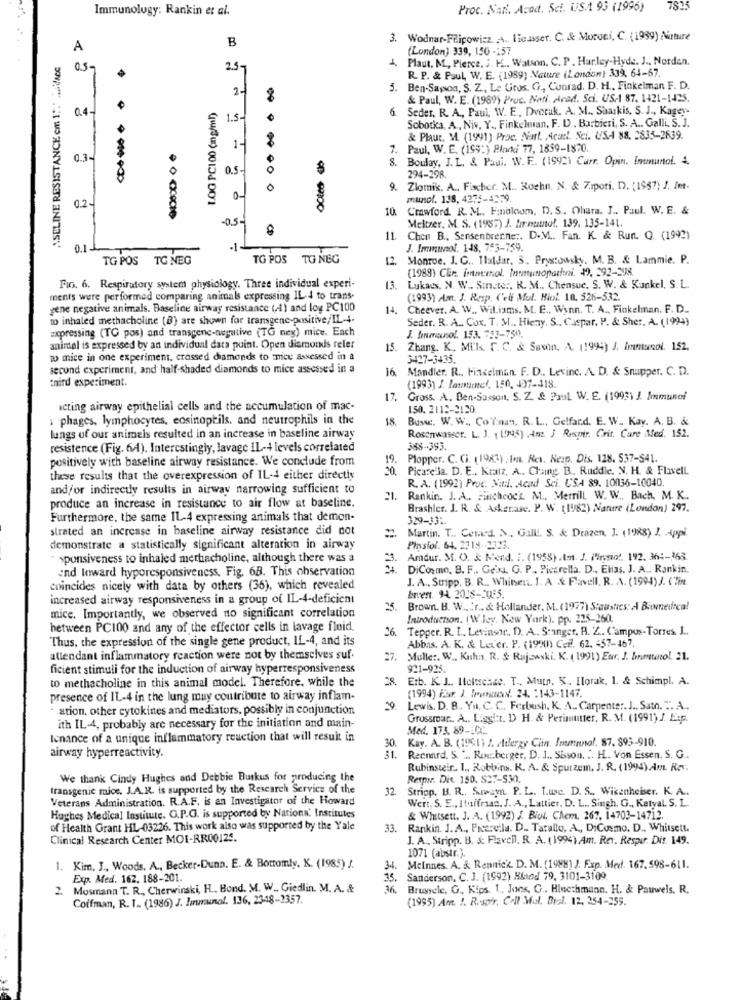
Immunology: Rankin et al.
Proc. Nat. Acad. Sci. US/1 93 (1996)
7825
B
3. Wodnar-Filipowicz .A .. Hicasser. C. & Moroni, C. (1999) Nurture
A
(London) 339, 150 -157
A.SELINE RESISTANCE cm 1 :. .. ifACe
Plaut. M ., Pierce, J. K .. Watson, C. P. Harley-Hyde. J ., Norden.
0.5-
2.3-
R. P. & Paul, W. E. (1989) Nature (London) 339, 64-67.
2-
5.
Ben-Sapoa, S. Z ., Le Gros. G, Cunrad. D. H ., Finkelman F. D.
& Paul, W. E. (1989) Proc. Noti. Arad. Sci. US-1 87. 1421-1425.
0.4-
1OG PC100 (mg/ml)
6
Seder, R. A ., Paul, W. E ., Dvoruk. A. M .. Shaskis, S. J ., Kagey.
1.5-
Sobotka, A ., Niv, Y ., Finkelman, F. D ., Barbieri, S. A .. Galli, S. J.
& Plaur. M. (1991) Proc. Natt. Acart. Sci. USA 88. 2835-2639.
1-
7. Paul, W. E. (199:) Pland 77, 1859-1870.
0.3-
8.
Boulay, J. L. & Paul. W. E. (1992) Carr. Opin. Immuntol. 4.
0.5
8
000.000
294-298.
9.
Zlomik, A .. Fischer. M ., Rochn. N. & Z.1pori. D. (1987) J. Imt.
munol. 138, 4275-4279.
0.2-
10.
Crawford. R. M ., Finoloom, D. S. Ohara. J ., Paul. W. E. &
Meltzer, M. S. (1987) J. Hirnutno !, 139, 135-141.
8
11.
Chen B ., Sensenbrenner. D.V .. Fan. K. & Run. Q (1992)
0.1.
-1-
J. Immunol. 148, 753-759.
TG POS TG NEG
TG POS TG NEG
12. Monroe. I. C ., Thaldar. S. Prystowsky. M. B. & Lammie. P.
(1989) CER, immersol. Inununopathni. $), 292-398.
Fio. 6. Respiratory system physiology. Three individual experi-
13.
Lukacs. N. W .. Stricte :. R. M ., Chensue. S. W. & Kunkel, S. L.
ments were performed comparing animals expressing IL-4 to trans-
(1993) Am. J. Resp. Celf Mul. Bil. 10. 526-332.
gene negative animals. Baseline airway resistance (41) and log PC100
14.
Cheever. A. W ., Wil.iams. M. E ., Wynn. T. A ., Finkelman. F. D ..
to inhaled methacholine (B) are shown for transgene-positive/IL-4.
Seder. R. A. Cox. T. M. Hieny. S. Caspar, P. & She :, A. (1994)
expressing (TG pos) and transgene-negative (TG ney) mice. Each
J. Inmunol. 153. 353-750.
animal is expressed by an individual data puint. Open diamonds reler
15. Zhang. K. Mils. C. C. & Savon. A. 11999) J. Immunol. 152.
w mice in one experiment, crossed diamonds to mice assessed in a
3427-3435.
second experiment, and half-shaded diamonds to mice assessed in a
16
Mandler. R ., Finselman. F. D ., Levinc. A. D. & Snupper. C. D.
third experiment.
(1993) J. lasmamel, 150, 437-418
17.
Gross. A. Ben-Sasson, S. Z. & Paul. W. E. (1993) J. Immunof
acting airway epithelial cells and the accumulation of mac-
150. 2112-2120.
: phages, lymphocytes, eosinoptils. and neutrophils in the
18.
Bussc. W. W .. Co Tinun. R. L ., Gelfand. E. W. Kay. A. B. &
Rosenwasser. L. J. (1.795) Ant. 3 Respir. Crit. Care Med. 152.
lungs of our animals resulted in an increase in baseline airway
resistence (Fig. 6). Interestingly, lavage IL-+ levels correlated
388-393.
positively with baseline airway resistance. We conclude from
19.
Plopper. C. G. (1983) .Im. Res. Ne:p. Dis. 128. 537-S41.
Picare la. D. E ., Kratz, A .. Ching B. Ruddle. N. H. & Flavell.
these results that the overexpression of IL-4 either directly
R. A. (1992) Proc. Natil. Acad Sci. USA 89. 10036-10040.
and/or indirectly results in airway narrowing sufficient to
21.
Rankin. J. A .. Fificheoc's. M ., Merrill W. W .. Bach, M. K.
produce an increase in resistance to air flow at baseline.
Brashler. J. R. & Askerase. P. W. (11/82) Nature (London) 297.
Furthermore, the same IL-4 expressing animals that demon-
329-331.
strated an increase in baseline airway resistance did not
2. Martin. T .. Comed. N, Galll. S. & Drazen, J. (1988) J. Appi.
demonstrate a statistically significant alteration in airway
Pinsfol. 64. 2718-2323.
sponsiveness to inhaled methacholine, although there was a
Amdur. M. O. & Mend. :. (1958) A. J. Pirosio !. 192. 364-363.
and Inward hyporesponsiveness, Fig. 6B. This observation
DiCosmo, B. F .. Geist. G. P. Picarella. D ., Elias. J. A .. Rankin.
J. A. Suipp. B. R ., Whitsent. J. A & Favell. R. A. (1994) J. C'Tin.
coincides nicely with data by others (36), which revealed
increased airway responsiveness in a group of IL-4-deficient
brvent. 94. 2018-2085.
25.
Brown. B. W ... r .. & Hollander, M. (1977) S:austes: A Biomedica!
mice. Importantly, we observed no significant correlation
Introduction. (W ley. Now Yark). pp. 225-260.
between PC100 and any of the effector cells in lavage fluid.
26
Tepper. R. I. Letinsor .. D. A. S:anger, A. Z. Campus-Torres. J ..
Thus, the expression of the single gene product, IL-4, and its
Abbas. A. K. & Later. P. (199(h) CcE. 62. +57-467.
attendant inflammatory reaction were not by themselves suf.
27. Muller. W .. Kuhn, R. & Rujewski. K. ( 1991) Eur. J. brmeterol. 21.
ficient stimuli for the induction of airway hyperresponsiveness
921-925.
to methacholine in this animal model. Therefore, while the
28.
Erb. K. J .. Itokoschce. T ., Mutn. K. Ilorak, 1. & Schimpl. A.
(1994) Eur. J. Ironoxi. 24. : 143-1147.
presence of IL-4 in the lung muy contribute to airway inflam-
· ation. other cytokines and mediators, possibly in conjunction
Lewis. D. B ., Yn. C. C. Ferbush, K. A .. Carpenter. J ., Sato. .. A.
Grossmar .. A .. L'ggi:t. D. H. & Perimutter. R. M. (1991) J. E:p.
ith IL-4, probably are necessary for the initiation and main-
Med. 173. 89-1CC ..
lenance of a unique inflammatory reaction that will result in
Kay. A. B. (1991) 2. Adlerzy Ciin. Inununol. 87. 895-910.
30.
airway hyperreactivity.
31. Recnard. S. " .. Rou.berger, D. 1 .. Sisson. .. H .. Von Essen. S. G ..
Rubinsteir. 1. Robbins. K. A. & Spurzem, J. R. (1994) Am Res.
We thank Cindy Hughes and Debbie Butkus for producing the
Respir. Die. 150. S27-530.
transgenic mice, J.A.R. is supported by the Research Service of the
32.
Striop. B. R ., S.payn. P. L. Lusc. D. S ., Wisenheiser. K. A ..
Veterans Administration. R.A.F. is an Investigator of the Howard
Wert, S. E ., Iluifran. J. A ., Lattier. D. L .. Singh. G ., Katyal. S. L.
Hughes Medical Institute. O.P.G. is supported by National Institutes
& Whitsett. J. A. (1992) J. Biol. Chem. 267, 14703-14712.
of Health Grant HL-03226. This work also was supported by the Yale
33.
Rankin. J. A ., Prcereila. D. Tarallo, A ., DiCosmo. D ., Whitsett.
Clinical Research Center MOI-RR00125.
J. A ., Stripp. B. & Flavcil. R. A. (1994) Am. Rev. Respir Dis 149.
1071 (abstr.).
1. Kim, J ., Woods. A ., Becker-Dunn. E. & Bottomly. K. (1985) J.
34.
Melnnes. A. & Rennick. D. M. (1988) J. Fxp. Med. 167.598-611.
Exp. Med. 162. 188-201.
35.
Sanderson, C. J. (1992) Hied 79, 3101-3109.
2. Mosmann T. R ., Cherwinski, H .. Bond. M. W ., Giedlin. M. A. &
36.
Brussele, G ., Kips. 1 ., Jons, G .. Hinc:hmann. H. & Pauwels. R.
Coffman, R. I. (1986) J. Immunol. 136, 2348-2357.
(1995) Am. !. Respir, Coll Mol. Biol. 12. 254-259.